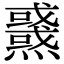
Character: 𤒜